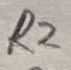
Text: R2